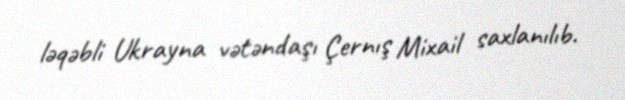
ləqəbli Ukrayna vətəndaşı Çernış Mixail saxlanılıb.